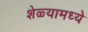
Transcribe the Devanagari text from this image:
शेळ्यामध्ये